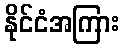
နိုင်ငံအကြား